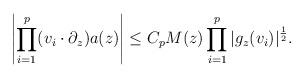
LaTeX: \begin{align*}\left|\prod_{i=1}^{p} (v_i \cdot \partial_{z})a(z)\right| \leq C_p M(z) \prod_{i=1}^p |g_{z}(v_i)|^\frac{1}{2}.\end{align*}